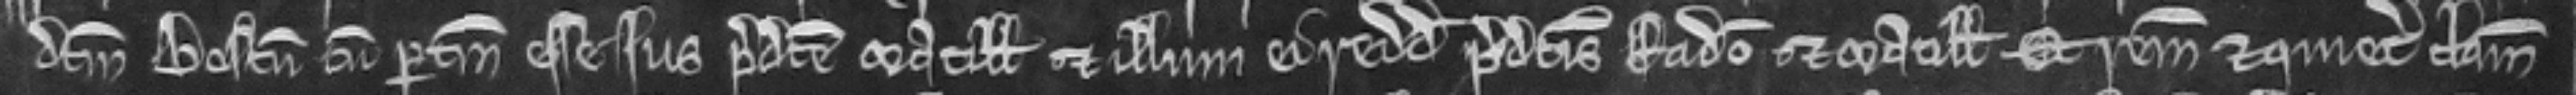
dictum boscum cum pertinenciis esse jus predicte Matillidis et illum ei reddit predictis Radulfo et Matillidi et remisit et quietum clamavit